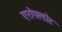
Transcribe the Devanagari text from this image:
एरोफ्लोट